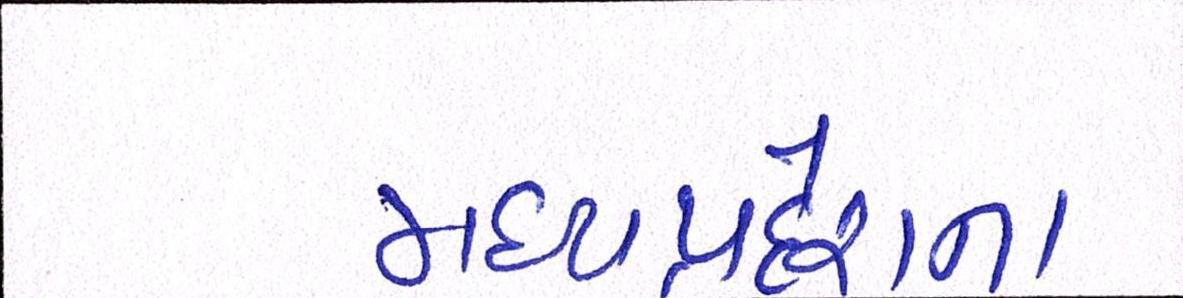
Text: મધ્યપ્રદેશના